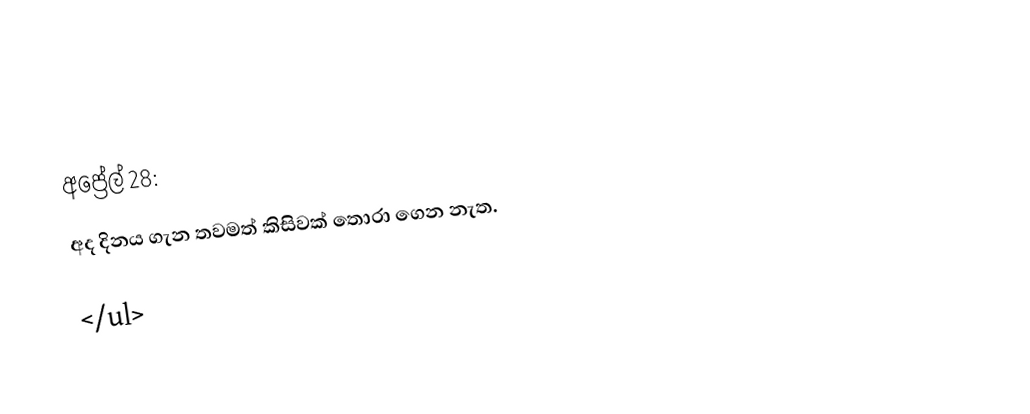
අප්‍රේල් 28:
 අද දිනය ගැන තවමත් කිසිවක් තොරා ගෙන නැත.

</ul>